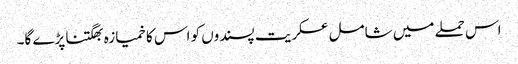
اس حملے میں شامل عسکریت پسندوں کو اس کا خمیازہ بھگتنا پڑے گا۔